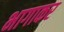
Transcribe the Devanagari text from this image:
भागाकर